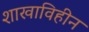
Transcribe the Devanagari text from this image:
शाखाविहीन